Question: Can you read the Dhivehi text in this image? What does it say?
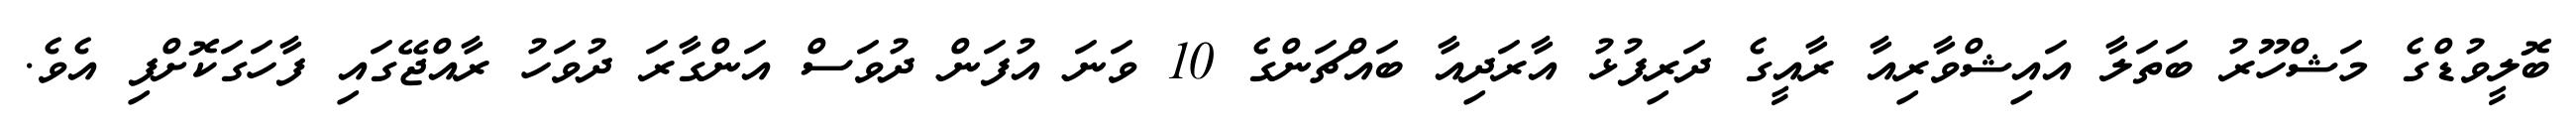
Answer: ބޮލީވުޑްގެ މަޝްހޫރު ބަތަލާ އައިޝްވާރިއާ ރާއީގެ ދަރިފުޅު އާރަދިއާ ބައްޗަންގެ 10 ވަނަ އުފަން ދުވަސް އަންގާރަ ދުވަހު ރާއްޖޭގައި ފާހަގަކޮށްފި އެވެ.